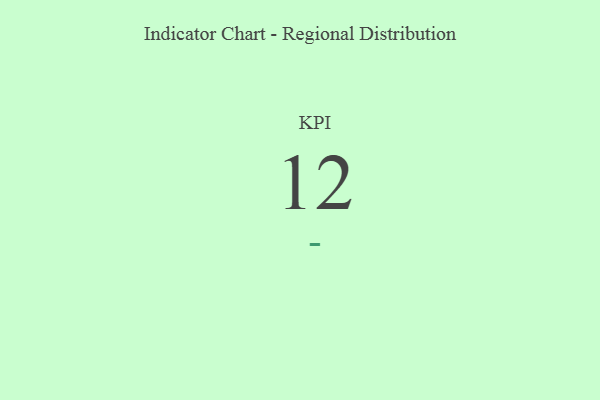
{"axis": {"x": "KPI", "y": "Value"}, "legend": [""], "data": [{"x": "KPI", "y": 12, "type": ""}]}